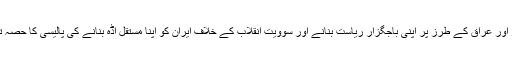
1919میں ہونے ولا یہ معاہدہ دراصل برطانیہ کی طرف سے ایران کو مصر اور عراق کے طرز پر اپنی باجگزار ریاست بنانے اور سوویت انقلاب کے خلاف ایران کو اپنا مستقل اڈہ بنانے کی پالیسی کا حصہ تھاجس کے خلاف جیلان اورایرانی آزربائیجان میں سب سے زیادہ ردِ عمل ہوا۔